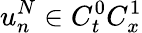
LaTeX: u_{n}^{N}\in C_{t}^{0}C_{x}^{1}